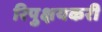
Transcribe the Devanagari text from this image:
रिपुक्षयकरी